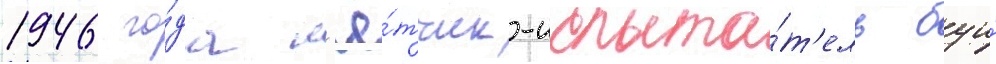
1946 го́да л'ё́тчик-испыта́т'ель буи́